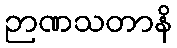
ဉာဏသတာနိ